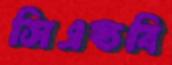
সিএন্ডবি